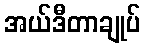
အယ်ဒီတာချုပ်